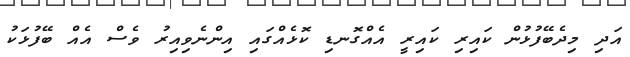
އަދި މިދެބޭފުޅުން ކައިރި ކައިރީ އެއްގޮނޑި ކޮޅެއްގައި އިންނެވިއިރު ވެސް އެއް ބޭފުޅަކު